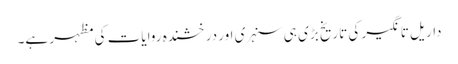
داریل تانگیر کی تاریخ بڑی ہی سنہری اور درخشندہ روایات کی مظہر ہے۔